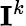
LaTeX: {\mathbf{I}}^{k}